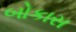
બોકાસ